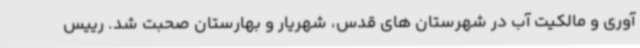
آوری و مالکیت آب در شهرستان های قدس، شهریار و بهارستان صحبت شد. رییس